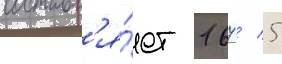
составл'я́ет 167 / 5